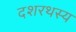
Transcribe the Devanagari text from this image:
दशरथस्य